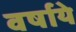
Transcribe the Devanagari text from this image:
वर्षाये